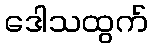
ဒေါသထွက်